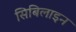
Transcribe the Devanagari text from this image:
सिबिलाइन